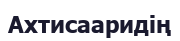
Ахтисааридің